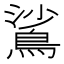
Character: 𬷙